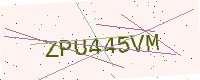
Text: ZPU445VM